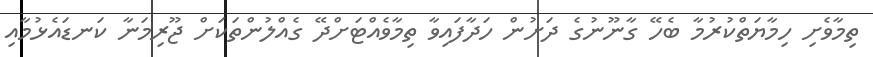
ތިމާވެށި ހިމާޔަތްކުރުމާ ބެހޭ ގާނޫނުގެ ދަށުން ހަދާފައިވާ ތިމާވެއްޓަށްދޭ ގެއްލުންތަކަށް ޖޫރިމަނާ ކަނޑައެޅުމާއި